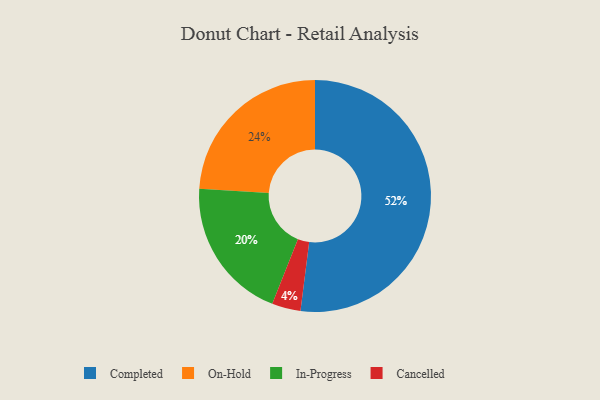
{"axis": {"x": "Category", "y": "Percentage"}, "legend": ["Cancelled", "Completed", "In-Progress", "On-Hold"], "data": [{"x": "In-Progress", "y": 20, "type": "In-Progress"}, {"x": "Cancelled", "y": 4, "type": "Cancelled"}, {"x": "On-Hold", "y": 24, "type": "On-Hold"}, {"x": "Completed", "y": 52, "type": "Completed"}]}